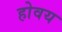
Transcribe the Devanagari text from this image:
होवय